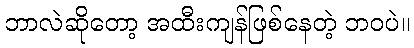
ဘာလဲဆိုတော့ အထီးကျန်ဖြစ်နေတဲ့ ဘဝပဲ။